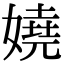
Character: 嬈